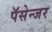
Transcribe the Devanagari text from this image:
पॅसेन्जर